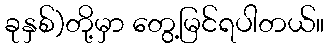
ခုနှစ်)တို့မှာ တွေ့မြင်ရပါတယ်။